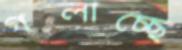
গলাচ্ছে